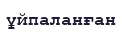
ұйпаланған